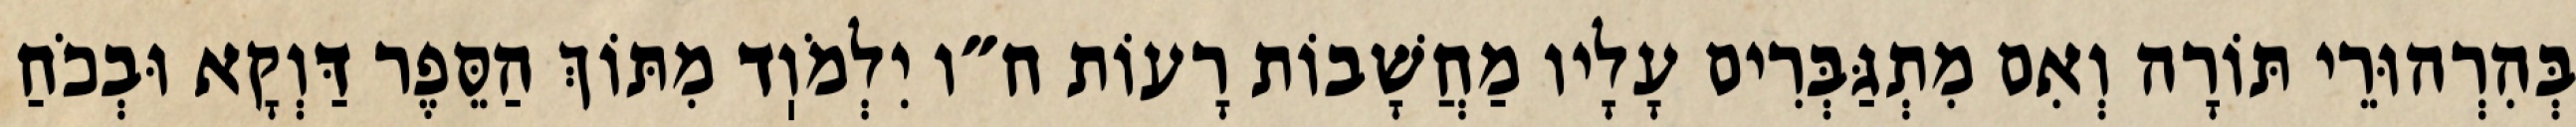
בְּהִרְהוּרֵי תּוֹרָה וְאִם מִתְגַּבְּרִים עָלָיו מַחֲשָׁבוֹת רָעוֹת ח״ו יִלְמֹוֽד מִתּוֹךְ הַסֵּפֶר דַּוְקָא וּבְכֹחַ